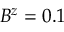
B ^ { z } = 0 . 1